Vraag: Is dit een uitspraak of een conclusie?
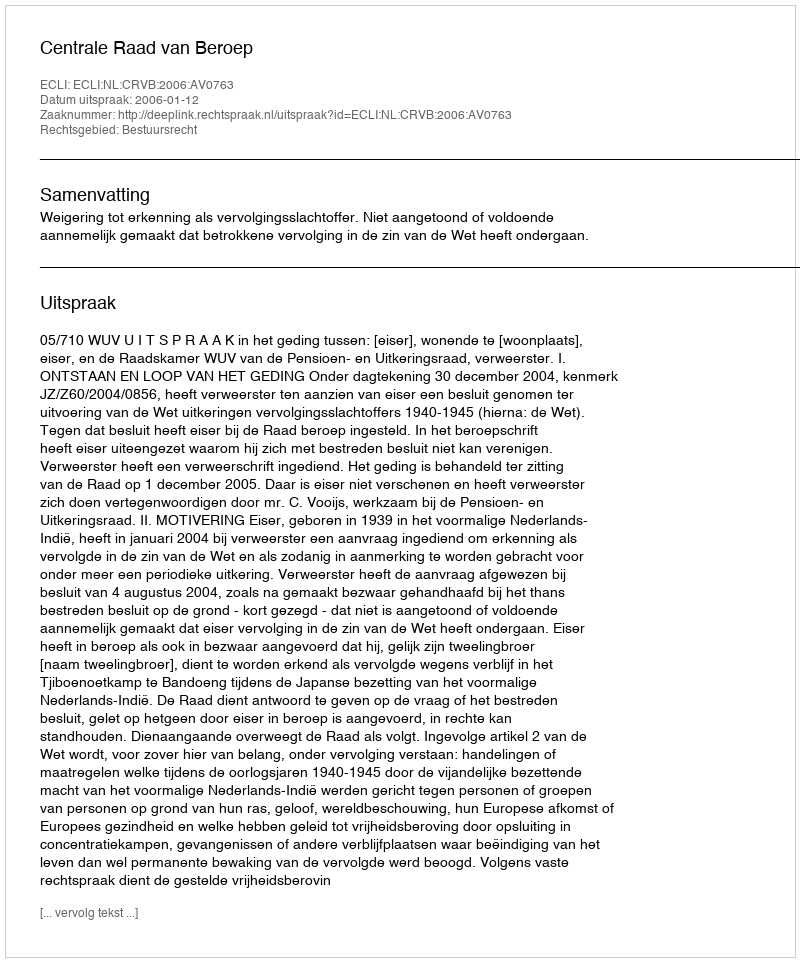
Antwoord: Uitspraak